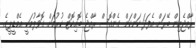
ރާއްޖެއިން ބޭރަށް އެފަދަ ކަންކަން ގެންގޮސް ރާއްޖެ ބޮއިކޮޓް ކުރުމަށް ގޮވާލުމަކީ އެމްޑީޕީގެ